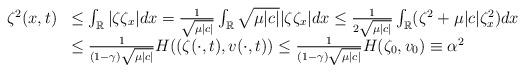
LaTeX: \begin{align*}\begin{array}{lll}\zeta^2(x,t)&\leq \int_{\mathbb R} |\zeta\zeta_x|dx=\frac{1}{\sqrt{\mu|c|}}\int_{\mathbb R} \sqrt{\mu|c|}|\zeta \zeta_x| dx\leq \frac{1}{2\sqrt{\mu |c|}}\int_{\mathbb R}(\zeta ^2+\mu|c|\zeta_x^2)dx\\&\leq \frac{1}{(1-\gamma)\sqrt{\mu|c|}}H((\zeta(\cdot,t),v(\cdot,t))\leq \frac{1}{(1-\gamma)\sqrt{\mu|c|}}H(\zeta_0,v_0)\equiv \alpha^2\end{array}\end{align*}